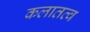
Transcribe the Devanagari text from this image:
कलातत्व